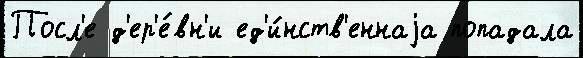
Посл'е д'ер'е́вн'и ед'и́нств'еннаjа попадала